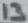
Text: 13